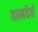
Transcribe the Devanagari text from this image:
वामदेवं